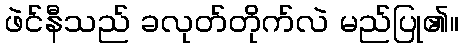
ဖဲင်နီသည် ခလုတ်တိုက်လဲ မည်ပြု၏။